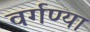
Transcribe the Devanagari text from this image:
वर्गण्या